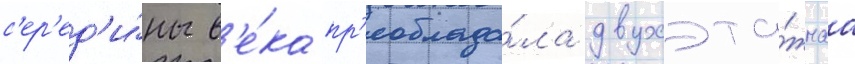
с'ер'ед'и́ны в'е́ка пр'еоблада́ла двухэта́жнаа